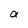
Character: a